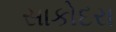
સાકોદરા